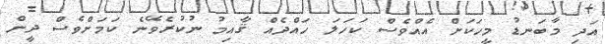
އަދި މާބަނޑު މީހަކަށް އެއްވެސް ކަހަލަ ހައްދެއް ޤާއިމު ނުކުރެވޭނެ ކަމަށްވެސް ދީން